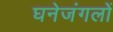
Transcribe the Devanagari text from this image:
घनेजंगलों